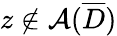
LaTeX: z\not\in\mathcal{A}(\overline{{D}})